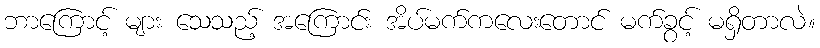
ဘာကြောင့် များ သေသည့် အကြောင်း အိပ်မက်ကလေးတောင် မက်ခွင့် မရှိတာလဲ။